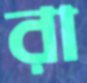
রা